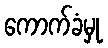
ကောက်ခံမှု